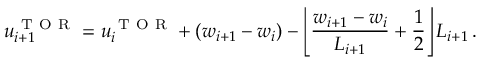
u _ { i + 1 } ^ { \mathrm { ~ T ~ O ~ R ~ } } = u _ { i } ^ { \mathrm { ~ T ~ O ~ R ~ } } + ( w _ { i + 1 } - w _ { i } ) - \left\lfloor \frac { w _ { i + 1 } - w _ { i } } { L _ { i + 1 } } + \frac { 1 } { 2 } \right\rfloor L _ { i + 1 } \, .